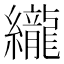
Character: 䌬